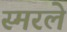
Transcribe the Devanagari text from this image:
स्मरले